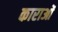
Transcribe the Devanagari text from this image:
काराओं